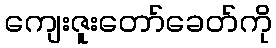
ကျေးဇူးတော်ခေတ်ကို